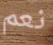
نعم